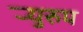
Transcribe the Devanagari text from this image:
र्‍युरुप